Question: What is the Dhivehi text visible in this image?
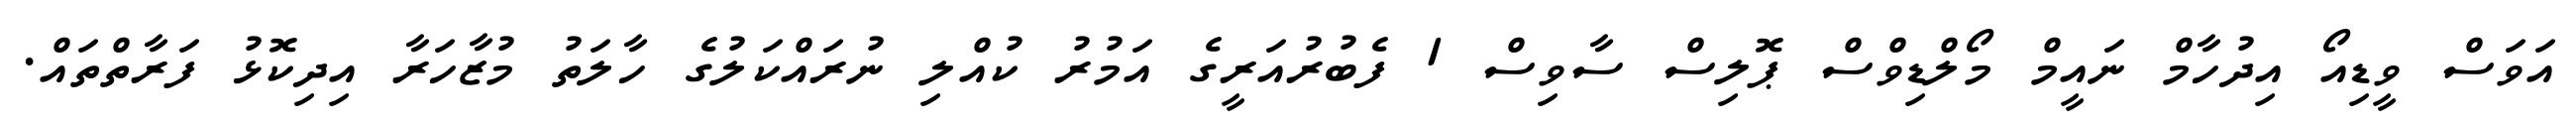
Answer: އަވަސް ވީޑިއޯ އިދުހާމް ނައީމް މޯލްޑިވްސް ޕޮލިސް ސާވިސް 1 ފެބުރުއަރީގެ އަމުރު ކުއްލި ނުރައްކަލުގެ ހާލަތު މުޒާހަރާ އިދިކޮޅު ފަރާތްތައް.